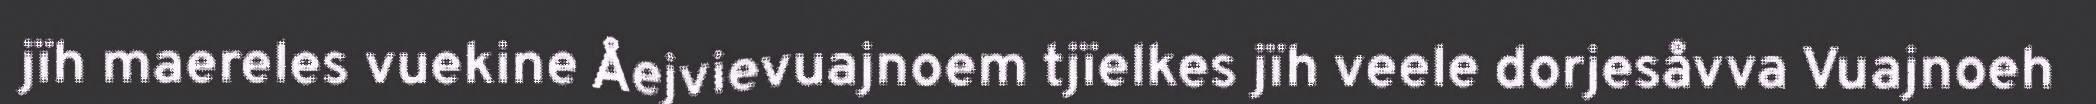
jïh maereles vuekine Åejvievuajnoem tjïelkes jïh veele dorjesåvva Vuajnoeh